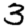
Digit: 3